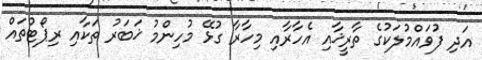
އަދި ފުވައްމުލަކުގެ ތާރީޚާއި އެހާރާއި މިހާރާ ގުޅޭ މުހިންމު ޚަބަރު ތަކާއި ރިޕޯޓުތައް